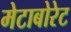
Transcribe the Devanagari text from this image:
मेटाबोरेट